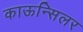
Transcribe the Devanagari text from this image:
काऊन्सिलर